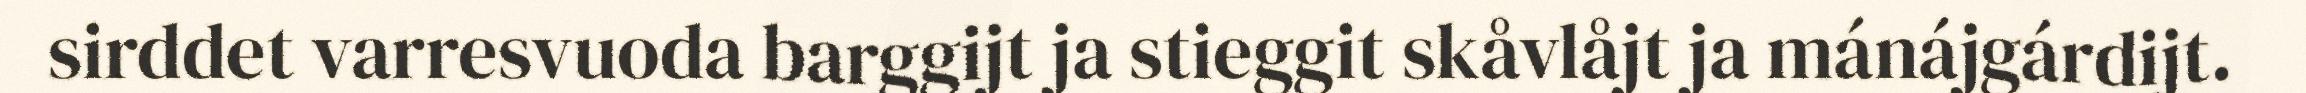
sirddet varresvuoda barggijt ja stieggit skåvlåjt ja mánájgárdijt.